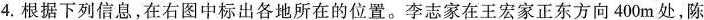
4.根据下列信息，在右图中标出各地所在的位置。李志家在王宏家正东方向400m处，陈